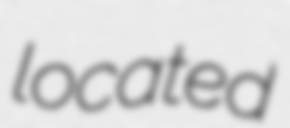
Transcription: located